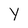
Character: Y